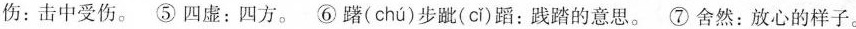
伤:击中受伤。⑤四虚:四方。⑥躇(chú步跐(cǐ)蹈：践踏的意思。⑦舍然：放心的样子。